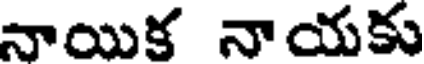
నాయిక నాయకు